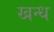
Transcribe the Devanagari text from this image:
खन्ध